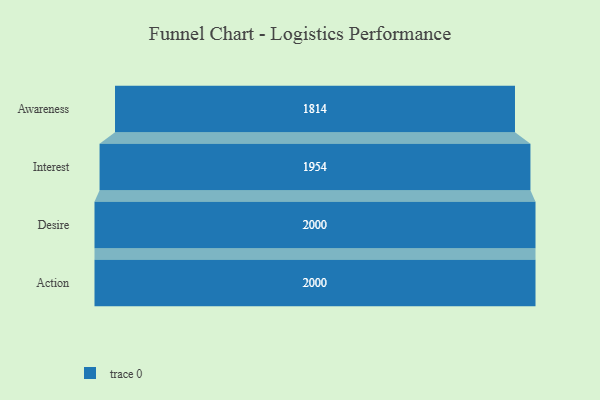
{"axis": {"x": "Stage", "y": "Value"}, "legend": [""], "data": [{"x": "Awareness", "y": 1814.0, "type": ""}, {"x": "Interest", "y": 1954.0, "type": ""}, {"x": "Desire", "y": 2000, "type": ""}, {"x": "Action", "y": 2000, "type": ""}]}